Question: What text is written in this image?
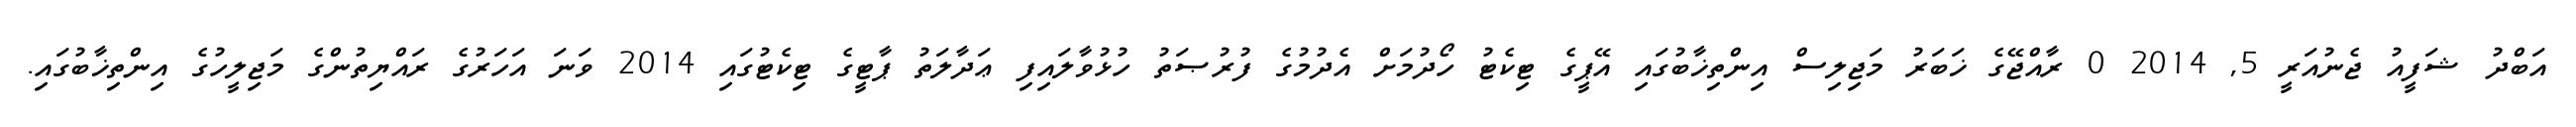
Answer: އަބްދު ޝަފީއު ޖެނުއަރީ 5, 2014 0 ރާއްޖޭގެ ޚަބަރު މަޖިލިސް އިންތިޚާބުގައި އޭޕީގެ ޓިކެޓު ހޯދުމަށް އެދުމުގެ ފުރުޞަތު ހުޅުވާލައިފި ޢަދާލަތު ޕާޓީގެ ޓިކެޓުގައި 2014 ވަނަ އަހަރުގެ ރައްޔިތުންގެ މަޖިލީހުގެ އިންތިޚާބުގައި.